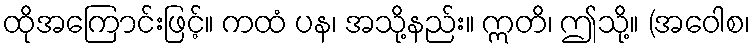
ထိုအကြောင်းဖြင့်။ ကထံ ပန၊ အသို့နည်း။ ဣတိ၊ ဤသို့။ (အဝေါစ၊